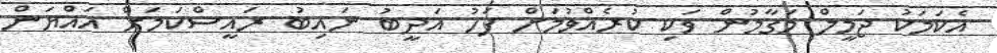
އެކަމަކު ޖަމީލް މަގާމުން ވަކި ކުރެއްވުމަށް ފަހު އަދީބު ނައިބު ރައީސްކަމަށް އައްޔަން